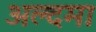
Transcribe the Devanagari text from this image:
अल्दमा